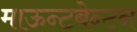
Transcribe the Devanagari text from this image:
माऊन्टबेन्टन